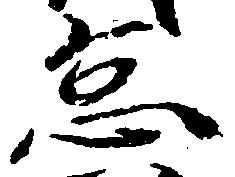
怠